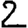
Digit: 2